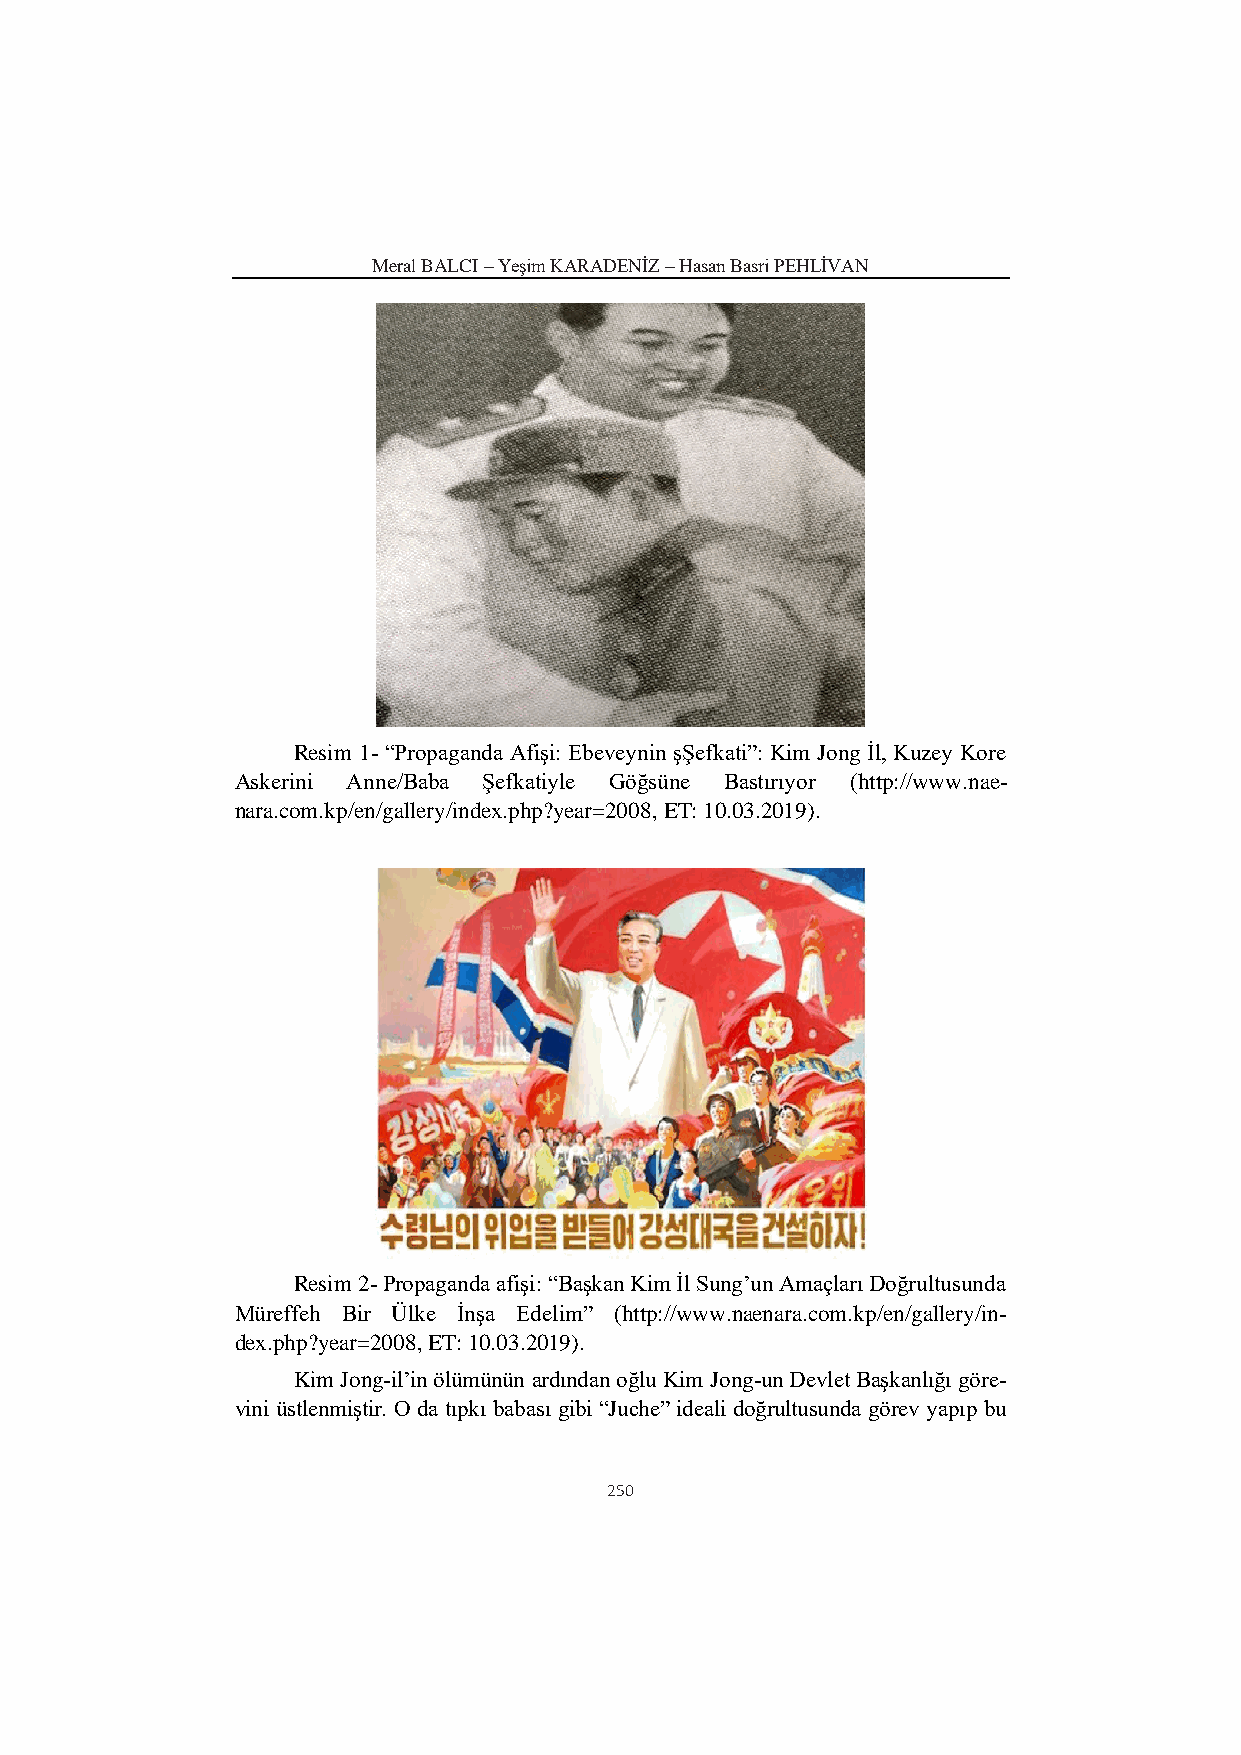
Meral BALCI – Yeşim KARADENİZ – Hasan Basri PEHLİVAN
 Resim 1- “Propaganda Afişi: Ebeveynin şŞefkati”: Kim Jong İl, Kuzey Kore
 Askerini Anne/Baba Şefkatiyle Göğsüne Bastırıyor (http://www.nae-
 nara.com.kp/en/gallery/index.php?year=2008, ET: 10.03.2019).
 Resim 2- Propaganda afişi: “Başkan Kim İl Sung’un Amaçları Doğrultusunda
 Müreffeh Bir Ülke İnşa Edelim” (http://www.naenara.com.kp/en/gallery/in-
 dex.php?year=2008, ET: 10.03.2019).
 Kim Jong-il’in ölümünün ardından oğlu Kim Jong-un Devlet Başkanlığı göre-
 vini üstlenmiştir. O da tıpkı babası gibi “Juche” ideali doğrultusunda görev yapıp bu
 250